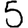
Digit: 5